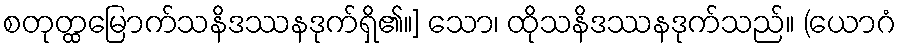
စတုတ္ထမြောက်သနိဒဿနဒုက်ရှိ၏။] သော၊ ထိုသနိဒဿနဒုက်သည်။ (ယောဂံ